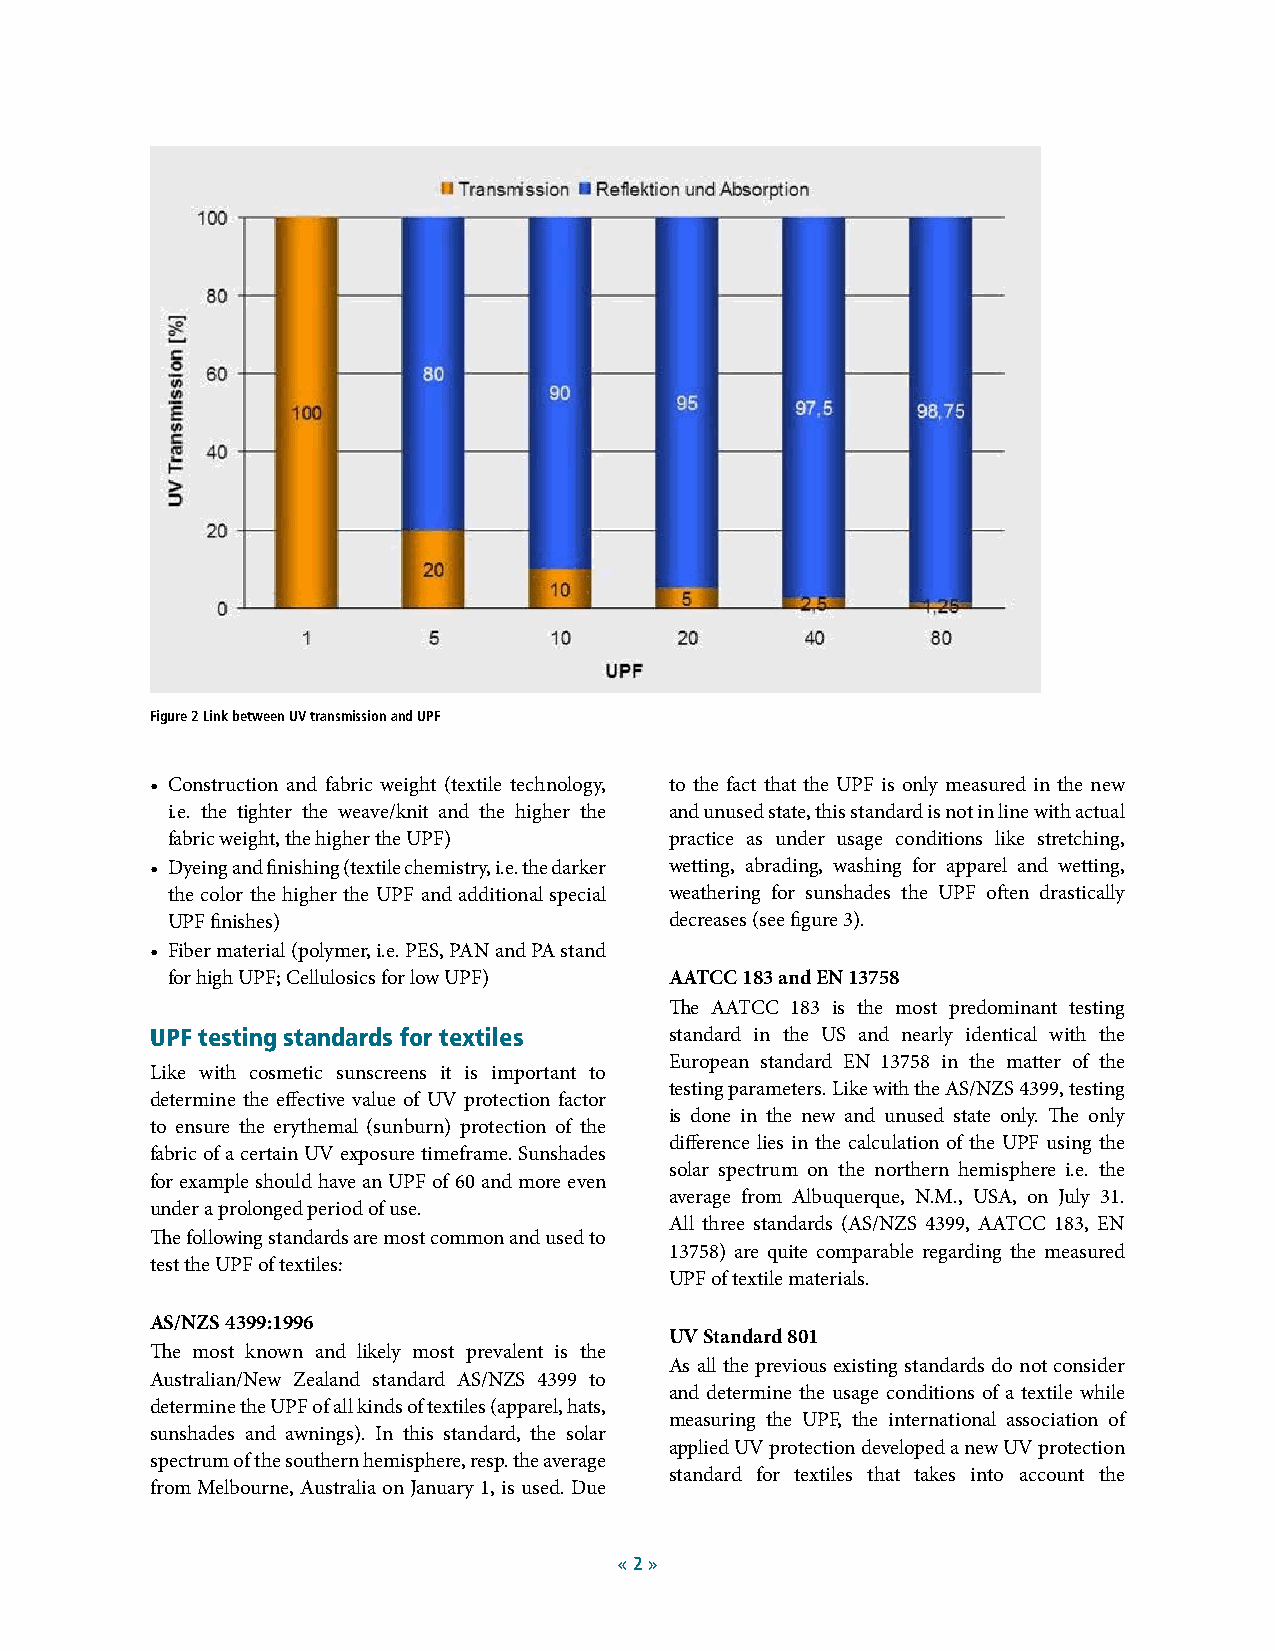
Figure 2 Link between UV transmission and UPF
 • Construction and fabric weight (textile technology, to the fact that the UPF is only measured in the new
 i.e. the tighter the weave/knit and the higher the and unused state, this standard is not in line with actual
 fabric weight, the higher the UPF) practice as under usage conditions like stretching,
 • Dyeing and finishing (textile chemistry, i.e. the darker wetting, abrading, washing for apparel and wetting,
 the color the higher the UPF and additional special weathering for sunshades the UPF often drastically
 UPF finishes)                    decreases (see figure 3).
 • Fiber material (polymer, i.e. PES, PAN and PA stand
 for high UPF; Cellulosics for low UPF) AATCC 183 and EN 13758
 The AATCC 183 is the most predominant testing
 UPF testing standards for textiles standard in the US and nearly identical with the
 European standard EN 13758 in the matter of the
 Like with cosmetic sunscreens it is important to
 testing parameters. Like with the AS/NZS 4399, testing
 determine the effective value of UV protection factor
 is done in the new and unused state only. The only
 to ensure the erythemal (sunburn) protection of the
 difference lies in the calculation of the UPF using the
 fabric of a certain UV exposure timeframe. Sunshades
 solar spectrum on the northern hemisphere i.e. the
 for example should have an UPF of 60 and more even
 average from Albuquerque, N.M., USA, on July 31.
 under a prolonged period of use.
 All three standards (AS/NZS 4399, AATCC 183, EN
 The following standards are most common and used to
 13758) are quite comparable regarding the measured
 test the UPF of textiles:
 UPF of textile materials.
 AS/NZS 4399:1996
 UV Standard 801
 The most known and likely most prevalent is the
 As all the previous existing standards do not consider
 Australian/New Zealand standard AS/NZS 4399 to
 and determine the usage conditions of a textile while
 determine the UPF of all kinds of textiles (apparel, hats,
 measuring the UPF, the international association of
 sunshades and awnings). In this standard, the solar
 applied UV protection developed a new UV protection
 spectrum of the southern hemisphere, resp. the average
 standard for textiles that takes into account the
 from Melbourne, Australia on January 1, is used. Due
 « 2 »